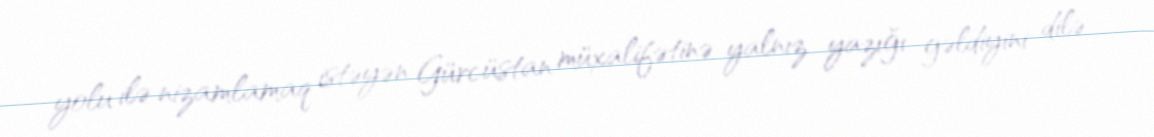
yolu ilə nizamlamaq istəyən Gürcüstan müxalifətinə yalnız yazığı gəldiyini dilə